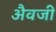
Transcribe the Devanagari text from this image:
अैवजी